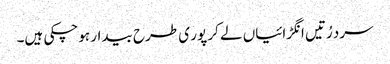
سرد رُتیں انگڑائیاں لے کر پور ی طرح بیدار ہوچکی ہیں۔